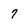
Character: 7